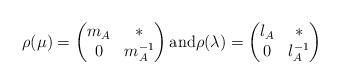
LaTeX: \begin{align*}\rho(\mu)=\begin{pmatrix} m_A & * \\ 0 & m_A^{-1} \end{pmatrix} \mbox{and}\rho(\lambda)=\begin{pmatrix} l_A & * \\ 0 & l_A^{-1} \end{pmatrix}\end{align*}